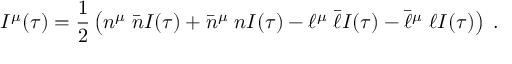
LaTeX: I ^ { \mu } ( \tau ) = \frac { 1 } { 2 } \left( n ^ { \mu } \; \bar { n } I ( \tau ) + \bar { n } ^ { \mu } \; n I ( \tau ) - \ell ^ { \mu } \; \bar { \ell } I ( \tau ) - \bar { \ell } ^ { \mu } \; \ell I ( \tau ) \right) \; .